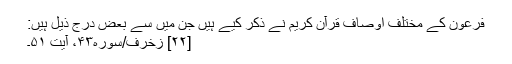
فرعون کے مختلف اوصاف قرآن کریم نے ذکر کیے ہیں جن میں سے بعض درج ذیل ہیں:
[۲۲] زخرف/سوره۴۳، آیت ۵۱۔